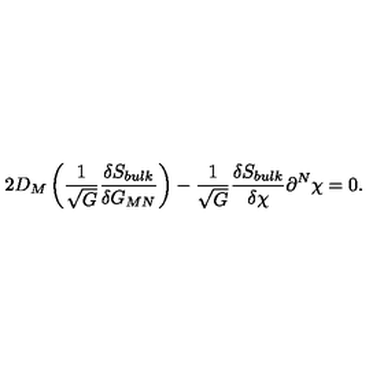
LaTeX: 2 D _ { M } \left( \frac { 1 } { \sqrt { G } } \frac { \delta S _ { b u l k } } { \delta G _ { M N } } \right) - \frac { 1 } { \sqrt { G } } \frac { \delta S _ { b u l k } } { \delta \chi } \partial ^ { N } \chi = 0 .